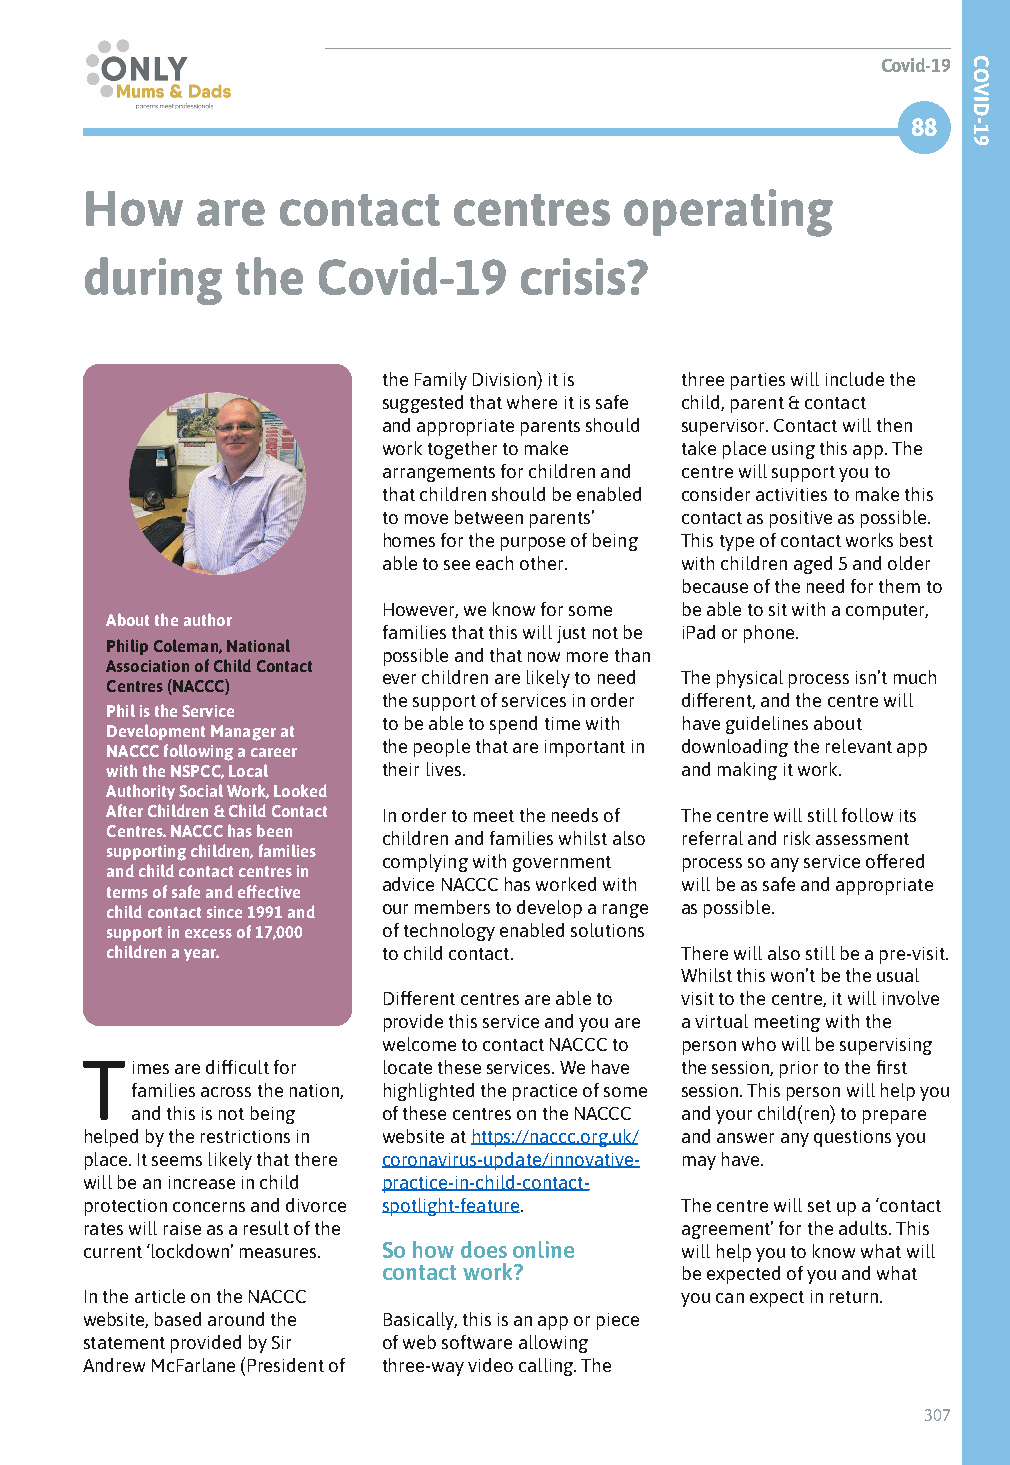
Covid-19
 88
 How     are  contact     centres    operating
 during    the   Covid-19     crisis?
 the Family Division) it is three parties will include the
 suggested that where it is safe child, parent & contact
 and appropriate parents should supervisor. Contact will then
 work together to make take place using this app. The
 arrangements for children and centre will support you to
 that children should be enabled consider activities to make this
 to move between parents’ contact as positive as possible.
 homes for the purpose of being This type of contact works best
 able to see each other. with children aged 5 and older
 because of the need for them to
 However, we know for some be able to sit with a computer,
 About the author
 families that this will just not be iPad or phone.
 Philip Coleman, National
 possible and that now more than
 Association of Child Contact
 ever children are likely to need The physical process isn’t much
 Centres (NACCC)
 the support of services in order different, and the centre will
 Phil is the Service
 to be able to spend time with have guidelines about
 Development Manager at
 NACCC following a career the people that are important in downloading the relevant app
 with the NSPCC, Local their lives.    and making it work.
 Authority Social Work, Looked
 After Children & Child Contact In order to meet the needs of The centre will still follow its
 Centres. NACCC has been children and families whilst also referral and risk assessment
 supporting children, families
 complying with government process so any service offered
 and child contact centres in
 advice NACCC has worked with will be as safe and appropriate
 terms of safe and effective
 child contact since 1991 and our members to develop a range as possible.
 support in excess of 17,000 of technology enabled solutions
 children a year.  to child contact.   There will also still be a pre-visit.
 Whilst this won’t be the usual
 Different centres are able to visit to the centre, it will involve
 provide this service and you are a virtual meeting with the
 welcome to contact NACCC to person who will be supervising
 Times  are difficult for locate these services. We have the session, prior to the first
 families across the nation, highlighted the practice of some session. This person will help you
 and this is not being of these centres on the NACCC and your child(ren) to prepare
 helped by the restrictions in website at https://naccc.org.uk/ and answer any questions you
 place. It seems likely that there coronavirus-update/innovative- may have.
 will be an increase in child practice-in-child-contact-
 protection concerns and divorce spotlight-feature. The centre will set up a ‘contact
 rates will raise as a result of the     agreement’ for the adults. This
 current ‘lockdown’ measures. So how does online will help you to know what will
 contact work?       be expected of you and what
 In the article on the NACCC             you can expect in return.
 website, based around the Basically, this is an app or piece
 statement provided by Sir of web software allowing
 Andrew McFarlane (President of three-way video calling. The
 307
 COVID-19